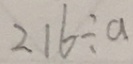
2 1 6 \div a